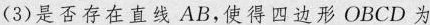
(3)是否存在直线AB，使得四边形OBCD为